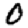
Digit: 0